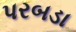
પરબડા